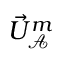
\vec { U } _ { \mathcal { A } } ^ { m }